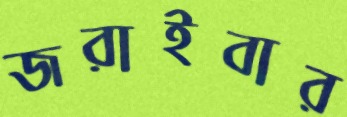
জরাইবার